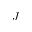
J